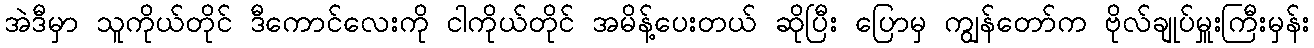
အဲဒီမှာ သူကိုယ်တိုင် ဒီကောင်လေးကို ငါကိုယ်တိုင် အမိန့်ပေးတယ် ဆိုပြီး ပြောမှ ကျွန်တော်က ဗိုလ်ချုပ်မှူးကြီးမှန်း